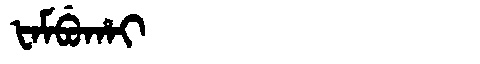
Manchu: ᡶᠠᠮᠪᡠᡥᠠᡳ
Romanization: FAMBUHAI